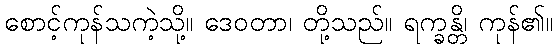
စောင့်ကုန်သကဲ့သို့။ ဒေဝတာ၊ တို့သည်။ ရက္ခန္တိ၊ ကုန်၏။